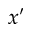
x ^ { \prime }